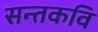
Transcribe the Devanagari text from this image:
सन्तकवि